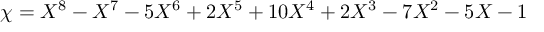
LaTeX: \chi = X ^ { 8 } - X ^ { 7 } - 5 X ^ { 6 } + 2 X ^ { 5 } + 1 0 X ^ { 4 } + 2 X ^ { 3 } - 7 X ^ { 2 } - 5 X - 1